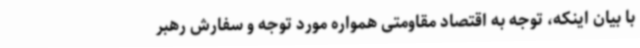
با بیان اینکه، توجه به اقتصاد مقاومتی همواره مورد توجه و سفارش رهبر